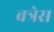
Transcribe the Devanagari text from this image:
बत्रेस